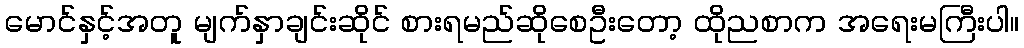
မောင်နှင့်အတူ မျက်နှာချင်းဆိုင် စားရမည်ဆိုစေဦးတော့ ထိုညစာက အရေးမကြီးပါ။